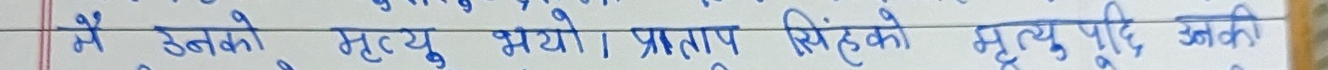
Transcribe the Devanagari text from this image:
उनको मृत्यु भयो। प्रताप सिंहको मृत्यु पछि उनकी